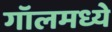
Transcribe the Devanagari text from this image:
गॉलमध्ये